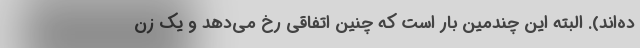
ده‌اند). البته این چندمین بار است که چنین اتفاقی رخ می‌دهد و یک زن